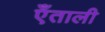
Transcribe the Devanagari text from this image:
एँताली